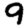
Digit: 9